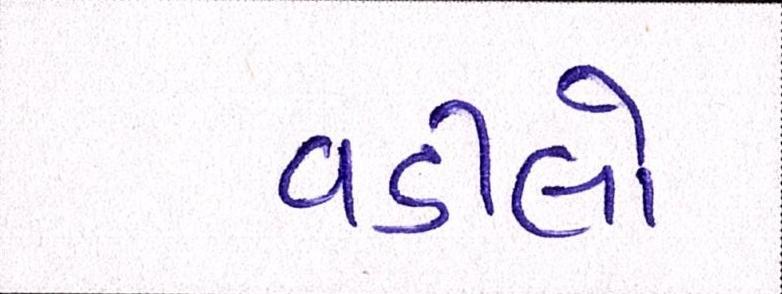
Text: વડીલો